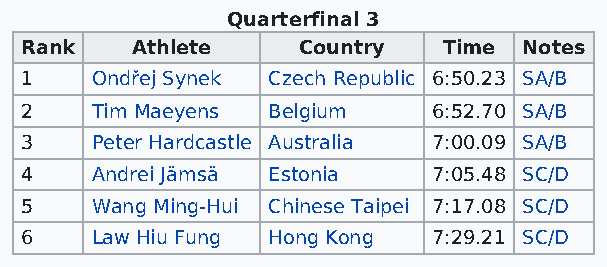
Quarterfinal 3
 Rank    Athlete    Country  Time  Notes
 1    Ondřej Synek Czech Republic 6:50.23 SA/B
 2    Tim Maeyens Belgium    6:52.70 SA/B
 3    Peter Hardcastle Australia 7:00.09 SA/B
 4    Andrei Jämsä Estonia   7:05.48 SC/D
 5    Wang Ming-Hui Chinese Taipei 7:17.08 SC/D
 6    Law Hiu Fung Hong Kong 7:29.21 SC/D